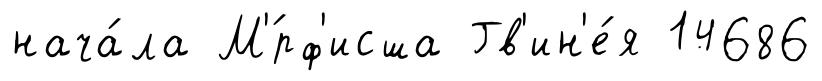
нача́ла М'́рф'исша Гв'ин'е́я 14686